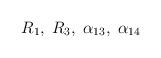
LaTeX: \begin{align*}R_1,\;R_3,\;\alpha_{13},\;\alpha_{14}\end{align*}